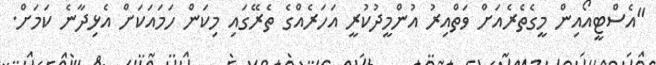
"އެސްޓީއޯއިން މީގެތެރެއަށް ވަތްއިރު އުންމީދުކުރީ އަހަރެއްގެ ތެރޭގައި މިކަން ހަމައަކަށް އެޅިދާނެ ކަމަށް.